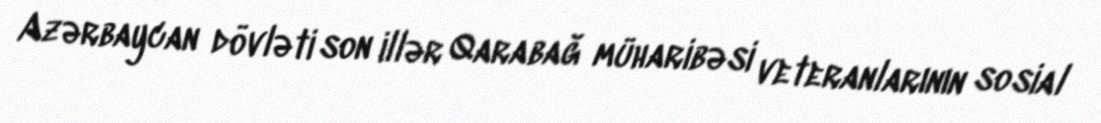
Azərbaycan dövləti son illər Qarabağ müharibəsi veteranlarının sosial